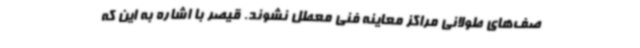
صف‌های طولانی مراکز معاینه فنی معطل نشوند. قیصر با اشاره به این که